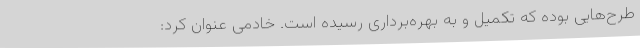
طرح‌هایی بوده که تکمیل و به بهره‌برداری رسیده است. خادمی عنوان کرد: